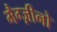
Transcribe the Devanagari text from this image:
मैग्ज़ीनो